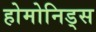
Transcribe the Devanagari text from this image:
होमोनिड्स